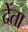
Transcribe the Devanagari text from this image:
देंता